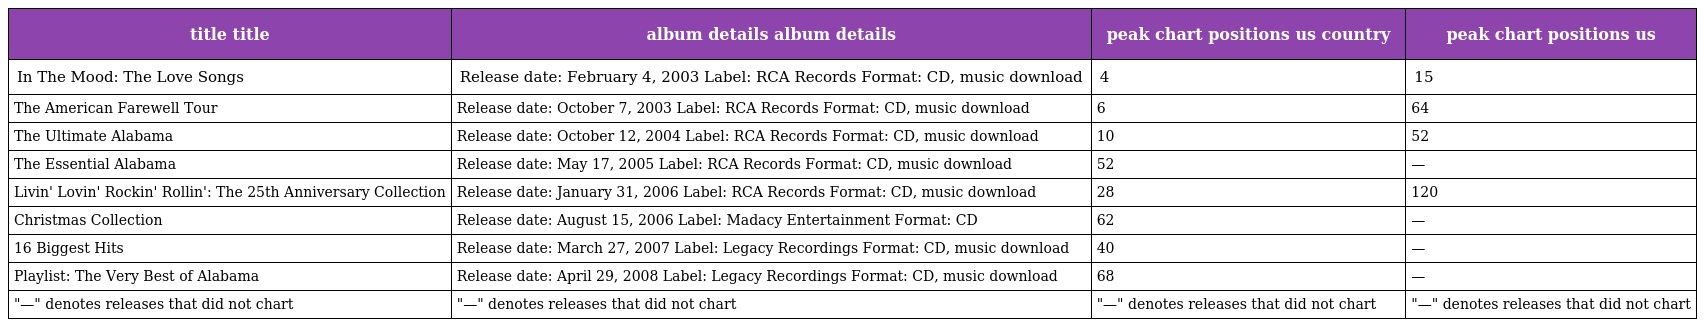
| title title | album details album details | peak chart positions us country | peak chart positions us |
 | --- | --- | --- | --- |
 | In The Mood: The Love Songs | Release date: February 4, 2003 Label: RCA Records Format: CD, music download | 4 | 15 |
 | The American Farewell Tour | Release date: October 7, 2003 Label: RCA Records Format: CD, music download | 6 | 64 |
 | The Ultimate Alabama | Release date: October 12, 2004 Label: RCA Records Format: CD, music download | 10 | 52 |
 | The Essential Alabama | Release date: May 17, 2005 Label: RCA Records Format: CD, music download | 52 | — |
 | Livin' Lovin' Rockin' Rollin': The 25th Anniversary Collection | Release date: January 31, 2006 Label: RCA Records Format: CD, music download | 28 | 120 |
 | Christmas Collection | Release date: August 15, 2006 Label: Madacy Entertainment Format: CD | 62 | — |
 | 16 Biggest Hits | Release date: March 27, 2007 Label: Legacy Recordings Format: CD, music download | 40 | — |
 | Playlist: The Very Best of Alabama | Release date: April 29, 2008 Label: Legacy Recordings Format: CD, music download | 68 | — |
 | "—" denotes releases that did not chart | "—" denotes releases that did not chart | "—" denotes releases that did not chart | "—" denotes releases that did not chart |